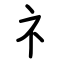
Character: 礻